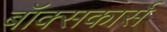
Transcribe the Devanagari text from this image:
बॉक्सकार्स